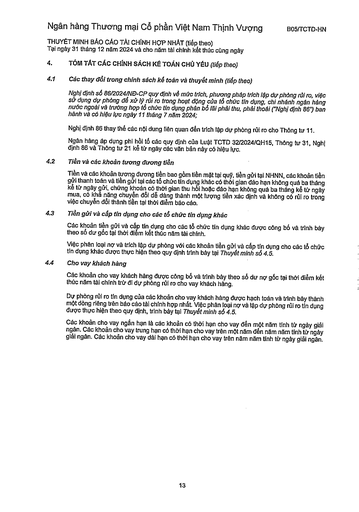
|4.|TÓM TẮT CÁC CHÍNH SÁCH KẾ TOÁN CHỦ YẾU (tiếp theo)| |---|---| |4.1|Các thay đổi trong chính sách kế toán và thuyết minh (tiếp theo)| ||Nghị định số 86/2024/NĐ-CP quy định về mức trích, phương pháp trích lập dự phòng rủi ro, việc sử dụng dự phòng để xử lý rủi ro trong hoạt động của tổ chức tín dụng, chi nhánh ngân hàng nước ngoài và trường hợp tổ chức tín dụng phân bổ lãi phải thu, phải thoái ("Nghị định 86") ban hành và có hiệu lực ngày 11 tháng 7 năm 2024;| ||Nghị định 86 thay thế các nội dung liên quan đến trích lập dự phòng rủi ro cho Thông tư 11.| ||Ngân hàng áp dụng phi hồi tố các quy định của Luật TCTD 32/2024/QH15, Thông tư 31, Nghị định 86 và Thông tư 21 kể từ ngày các văn bản này có hiệu lực.| |4.2|Tiền và các khoản tương đương tiền Tiền và các khoản tương đương tiền bao gồm tiền mặt tại quỹ, tiền gửi tại NHNN, các khoản tiền gửi thanh toán và tiền gửi tại các tổ chức tín dụng khác có thời gian đáo hạn không quá ba tháng kể từ ngày gửi, chứng khoán có thời gian thu hồi hoặc đáo hạn không quá ba tháng kể từ ngày mua, có khả năng chuyển đổi dễ dàng thành một lượng tiền xác định và không có rủi ro trong việc chuyển đổi thành tiền tại thời điểm báo cáo.| |4.3|Tiền gửi và cấp tín dụng cho các tổ chức tín dụng khác Các khoản tiền gửi và cấp tín dụng cho các tổ chức tín dụng khác được công bố và trình bày theo số dư gốc tại thời điểm kết thúc năm tài chính.| ||Việc phân loại nợ và trích lập dự phòng với các khoản tiền gửi và cấp tín dụng cho các tổ chức tín dụng khác được thực hiện theo quy định trình bày tại Thuyết minh số 4.5.| |4.4|Cho vay khách hàng| ||Các khoản cho vay khách hàng được công bố và trình bày theo số dư nợ gốc tại thời điểm kết thúc năm tài chính trừ đi dự phòng rủi ro cho vay khách hàng.| ||Dự phòng rủi ro tín dụng của các khoản cho vay khách hàng được hạch toán và trình bày thành một dòng riêng trên báo cáo tài chính hợp nhất. Việc phân loại nợ và lập dự phòng rủi ro tín dụng được thực hiện theo quy định, trình bày tại Thuyết minh số 4.5.| ||Các khoản cho vay ngắn hạn là các khoản có thời hạn cho vay đến một năm tính từ ngày giải ngân. Các khoản cho vay trung hạn có thời hạn cho vay trên một năm đến năm năm tính từ ngày giải ngân. Các khoản cho vay dài hạn có thời hạn cho vay trên năm năm tính từ ngày giải ngân.|